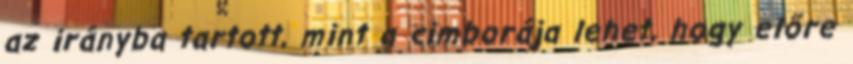
az irányba tartott, mint a cimborája lehet, hogy előre